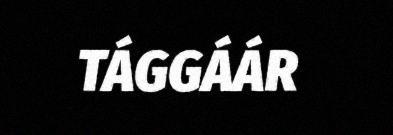
TÁGGÁÁR